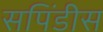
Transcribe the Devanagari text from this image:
सपिंडीस